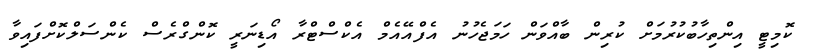
ކޮމިޓީ އިންތިހާބުކުރުމަށް ކުރިން ބާއްވަން ހަމަޖެހުނު އެފްއޭއެމް އެކްސްޓްރާ އޯޑިނަރީ ކޮންގްރެސް ކެންސަލްކޮށްފައިވާ